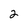
Character: 2